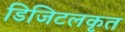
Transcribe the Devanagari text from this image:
डिजिटलकृत